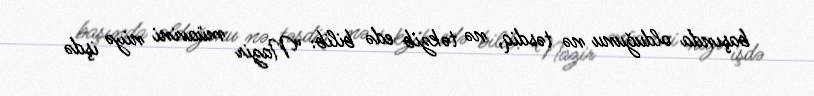
başında olduğunu nə təsdiq, nə təkzib edə bilib: “Nazir müavini niyə işdə